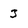
Character: 3